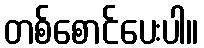
တစ်စောင်ပေးပါ။